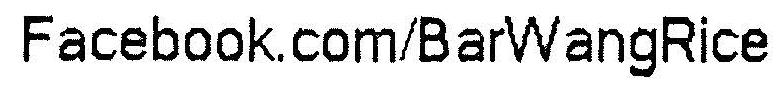
FACEBOOK.COM/BARWANGRICE